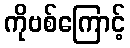
ကိုဗစ်ကြောင့်